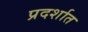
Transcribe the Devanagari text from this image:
प्रदर्शात